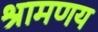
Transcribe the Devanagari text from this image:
श्रामणय